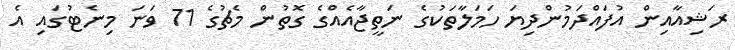
ރަޝިއާއިން އުފައްދަމުންދިޔަ ހަމަލާތަކުގެ ނަތީޖާއެއްގެ ގޮތުން މެޗުގެ 71 ވަނަ މިނެޓުގައި އެ